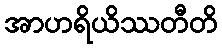
အာဟရိယိဿတီတိ